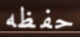
حفظه